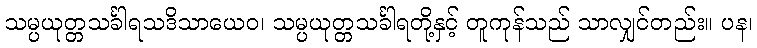
သမ္ပယုတ္တသင်္ခါရသဒိသာယေဝ၊ သမ္ပယုတ္တသင်္ခါရတို့နှင့် တူကုန်သည် သာလျှင်တည်း။ ပန၊